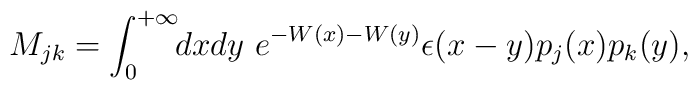
M_{jk}= \int_0^{+\infty} \!\!dx dy\  e^{-W(x)-W(y)}\epsilon(x-y)p_j(x)  p_k(y),